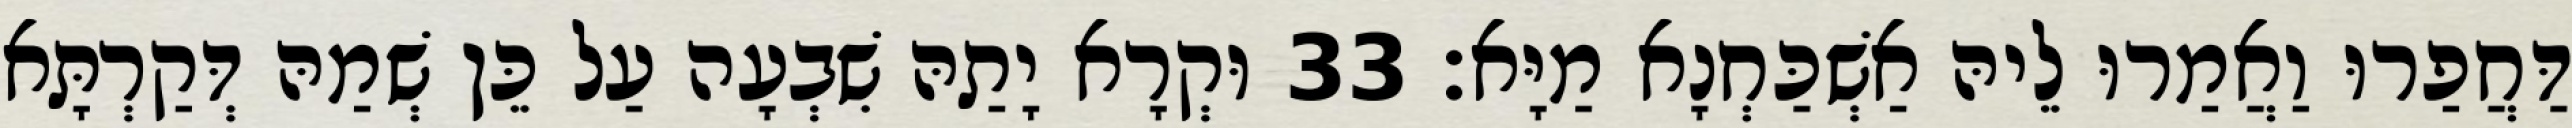
דַּחֲפַרוּ וַאֲמַרוּ לֵיהּ אַשְׁכַּחְנָא מַיָּא׃ 33 וּקְרָא יָתַהּ שִׁבְעָה עַל כֵּן שְׁמַהּ דְּקַרְתָּא